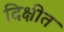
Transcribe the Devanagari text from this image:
दिक्षीत